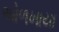
ઓળખાયા